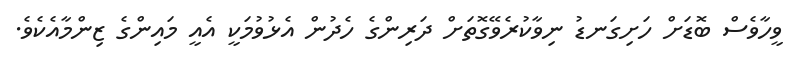
ވީހާވެސް ބޮޑަށް ހަށިގަނޑު ނިވާކުރެވޭގޮތަށް ދަރިންގެ ހެދުން އެޅުވުމަކީ އެއީ މައިންގެ ޒިންމާއެކެވެ.